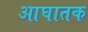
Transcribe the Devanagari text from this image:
आघातक